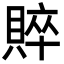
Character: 賥